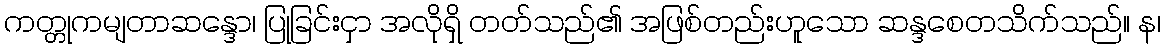
ကတ္တုကမျတာဆန္ဒော၊ ပြုခြင်းငှာ အလိုရှိ တတ်သည်၏ အဖြစ်တည်းဟူသော ဆန္ဒစေတသိက်သည်။ န၊